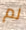
لم